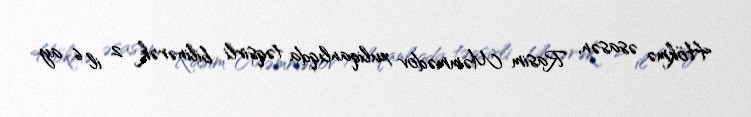
Hökmə əsasən, Rasim Məmmədov xuliqanlıqda təqsirli bilinərək 2 il 6 ay